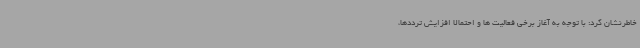
خاطرنشان کرد: با توجه به آغاز برخی فعالیت ها و احتمالا افزایش ترددها،